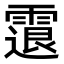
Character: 𩄮